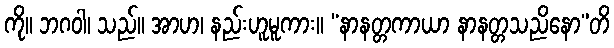
ကို။ ဘဂဝါ၊ သည်။ အာဟ၊ နည်းဟူမူကား။ “နာနတ္တကာယာ နာနတ္တသညိနော”တိ